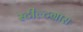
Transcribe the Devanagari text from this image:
स्टील्टग्रास